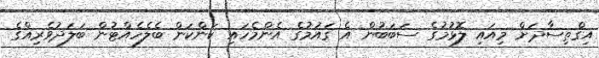
އިޤްތިސާދަށް މިއައި ލޮޅުމުގެ ސަބަބުން އެ ޤައުމުގެ އެންމެހައި ކަންކަން ބެލެހެއްޓުން ބަލަދުވެރިއްގެ